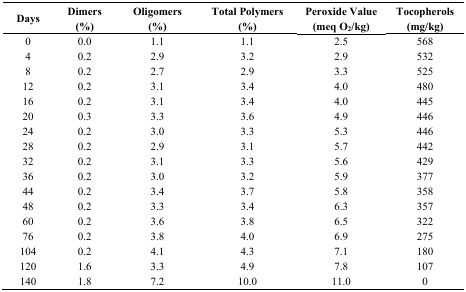
<table><thead><tr><td><b>Days</b></td><td><b>Dimers (%)</b></td><td><b>Oligomers (%)</b></td><td><b>Total Polymers (%)</b></td><td><b>Peroxide Value (meq O<sub>2</sub>/kg)</b></td><td><b>Tocopherols (mg/kg)</b></td></tr></thead><tbody><tr><td>0</td><td>0.0</td><td>1.1</td><td>1.1</td><td>2.5</td><td>568</td></tr><tr><td>4</td><td>0.2</td><td>2.9</td><td>3.2</td><td>2.9</td><td>532</td></tr><tr><td>8</td><td>0.2</td><td>2.7</td><td>2.9</td><td>3.3</td><td>525</td></tr><tr><td>12</td><td>0.2</td><td>3.1</td><td>3.4</td><td>4.0</td><td>480</td></tr><tr><td>16</td><td>0.2</td><td>3.1</td><td>3.4</td><td>4.0</td><td>445</td></tr><tr><td>20</td><td>0.3</td><td>3.3</td><td>3.6</td><td>4.9</td><td>446</td></tr><tr><td>24</td><td>0.2</td><td>3.0</td><td>3.3</td><td>5.3</td><td>446</td></tr><tr><td>28</td><td>0.2</td><td>2.9</td><td>3.1</td><td>5.7</td><td>442</td></tr><tr><td>32</td><td>0.2</td><td>3.1</td><td>3.3</td><td>5.6</td><td>429</td></tr><tr><td>36</td><td>0.2</td><td>3.0</td><td>3.2</td><td>5.9</td><td>377</td></tr><tr><td>44</td><td>0.2</td><td>3.4</td><td>3.7</td><td>5.8</td><td>358</td></tr><tr><td>48</td><td>0.2</td><td>3.3</td><td>3.4</td><td>6.3</td><td>357</td></tr><tr><td>60</td><td>0.2</td><td>3.6</td><td>3.8</td><td>6.5</td><td>322</td></tr><tr><td>76</td><td>0.2</td><td>3.8</td><td>4.0</td><td>6.9</td><td>275</td></tr><tr><td>104</td><td>0.2</td><td>4.1</td><td>4.3</td><td>7.1</td><td>180</td></tr><tr><td>120</td><td>1.6</td><td>3.3</td><td>4.9</td><td>7.8</td><td>107</td></tr><tr><td>140</td><td>1.8</td><td>7.2</td><td>10.0</td><td>11.0</td><td>0</td></tr></tbody></table>